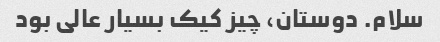
سلام. دوستان، چیز کیک بسیار عالی بود